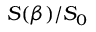
S ( \beta ) / S _ { 0 }